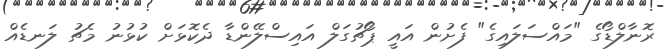
ރޮނާލްޑޯގެ "މައްސަލައިގެ" ފެށުން އައީ ޕޯޗުގަލް އައިސްލޭންޑާ ދެކޮޅަށް ކުޅުނު މެޗު ލަނޑެއް